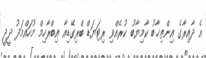
އެ ދާއިރާގެ އިންތިޚާބު ކާމިޔާބު ކުރެއްވި ރިޓަޔަޑް ބްރިގޭޑިއާ އިބްރާހިމް މުހައްމަދު ދީދީ